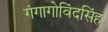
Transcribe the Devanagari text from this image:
गंगागोविंदसिंह